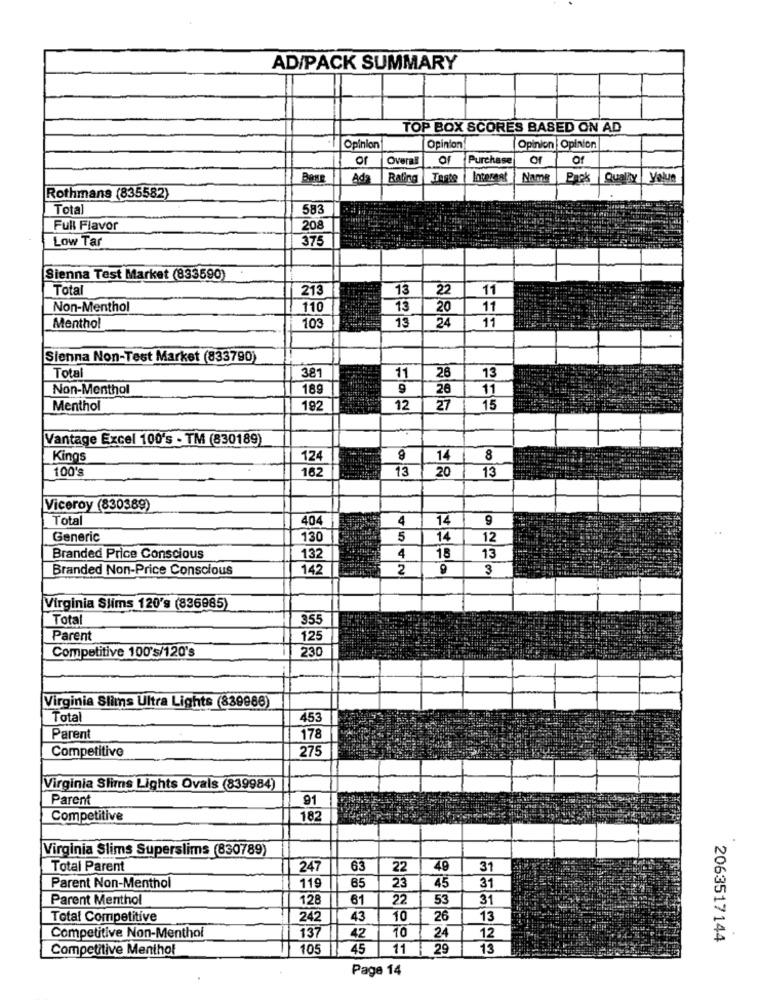
AD/PACK SUMMARY
TOP BOX SCORES BASED ON AD
Opinion
Opinion
Opinion | Opinion
or
Overall
Purchase
Of
Of
Bane
Ad
Rating
Tarte
Interest
Name |Pack |Quality | Value
Rothmans (835582)
Total
583
Full Flavor
20
Low Tar
37
Sienna Test Market (833590)
Total
213
13
22
11
Non-Menthol
110
13
20
11
103
Menthol
13
24
11
Sienna Non-Test Market (833790)
Total
381
11
26
13
Non-Menthol
18.9
9
26
11
Menthol
192
12
27
15
Vantage Excel 100's - TM (830189)
Kings
124
14
8
100's
162
13
20
13
Viceroy (830389)
Total
404
4
14
9
Generic
130
5
14
12
132
Branded Price Conscious
4
18
13
Branded Non-Price Conscious
142
2
3
Virginia Slims 120's (836985)
Total
355
Parent
125
Competitive 100's/120's
230
Virginia Slims Ultra Lights (839966)
Total
453
Parent
178
Competitive
275
Virginia Slims Lights Ovals (839984)
Parent
91
Competitive
182
Virginia Slims Superslims (830789)
Total Parent
247
63
22
49
31
65
31
Parent Non-Menthol
119
23
45
Parent Menthol
128
61
22
53
31
Total Competitive
242
43
10
26
13
10
24
Competitive Non-Menthol
137
42
12
2063517144
Competitive Menthol
105
45
11
29
13
Page 14